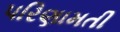
પરિણામતી